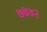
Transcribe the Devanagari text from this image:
७७४२